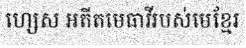
ហ្សេស អតីតមេធាវីរបស់មេខ្មែរ